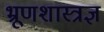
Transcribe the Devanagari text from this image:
भ्रूणशास्त्रज्ञ